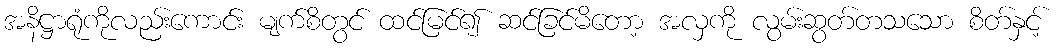
အနိဋ္ဌာရုံကိုလည်းကောင်း မျက်စိတွင် ထင်မြင်၍ ဆင်ခြင်မိတော့ အလှကို လွမ်းဆွတ်တသသော စိတ်နှင့်